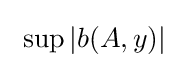
~\sup \left|b(A,y)\right|